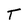
Character: T